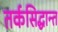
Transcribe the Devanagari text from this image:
तर्कसिद्धान्त